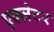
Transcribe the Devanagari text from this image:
एक्ज़ेटर